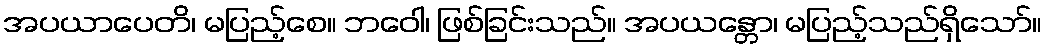
အပယာပေတိ၊ မပြည့်စေ။ ဘဝေါ၊ ဖြစ်ခြင်းသည်။ အပယန္တော၊ မပြည့်သည်ရှိသော်။